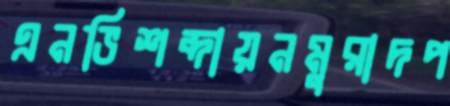
এনভিশব্দায়নমুরাদপ